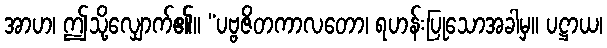
အာဟ၊ ဤသို့လျှောက်၏။ “ပဗ္ဗဇိတကာလတော၊ ရဟန်းပြုသောအခါမှ။ ပဋ္ဌာယ၊